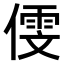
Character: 𠎋